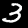
Digit: 3